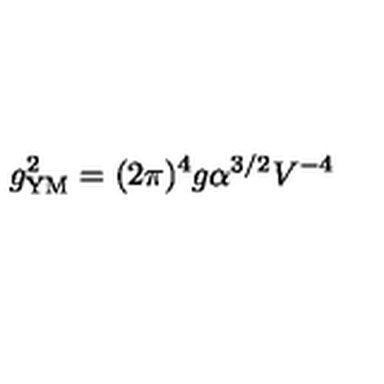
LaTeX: g _ { \mathrm { Y M } } ^ { 2 } = ( 2 \pi ) ^ { 4 } g \alpha ^ { 3 / 2 } V ^ { - 4 }